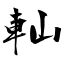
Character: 軕